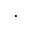
\cdot